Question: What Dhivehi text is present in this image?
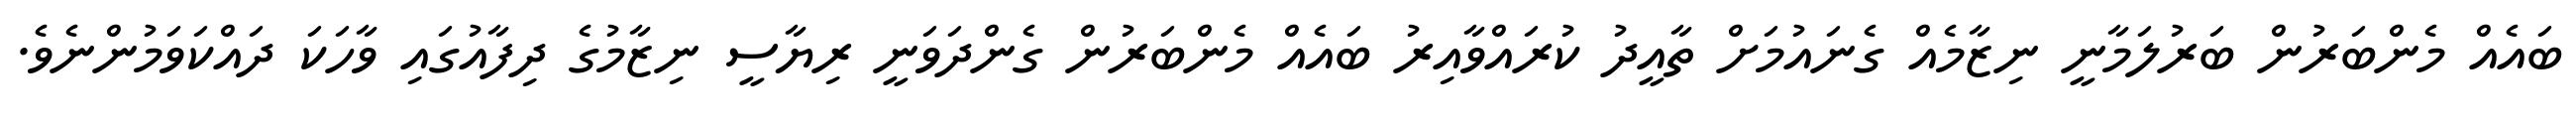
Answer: ބައެއް މެންބަރުން ބަރުލަމާނީ ނިޒާމެއް ގެނައުމަށް ތާއީދު ކުރައްވާއިރު ބައެއް މެންބަރުން ގެންދަވަނީ ރިޔާސީ ނިޒާމުގެ ދިފާއުގައި ވާހަކަ ދައްކަވަމުންނެވެ.